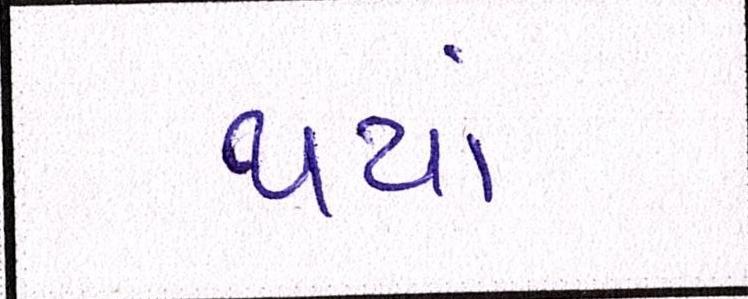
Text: થયાં